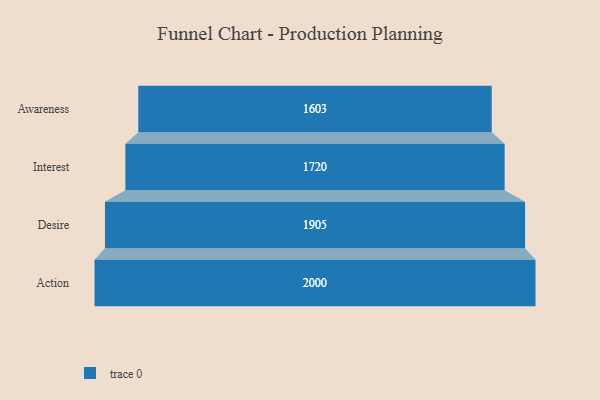
{"axis": {"x": "Stage", "y": "Value"}, "legend": [""], "data": [{"x": "Awareness", "y": 1603.0, "type": ""}, {"x": "Interest", "y": 1720.0, "type": ""}, {"x": "Desire", "y": 1905.0, "type": ""}, {"x": "Action", "y": 2000, "type": ""}]}